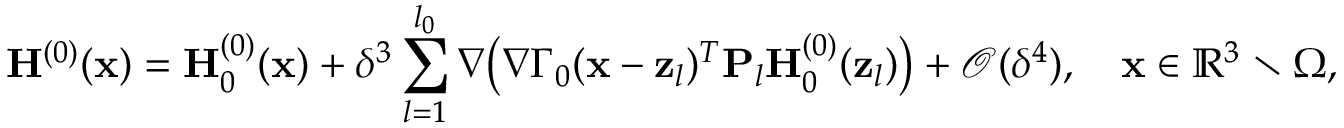
\mathbf { H } ^ { ( 0 ) } ( \mathbf { x } ) = \mathbf { H } _ { 0 } ^ { ( 0 ) } ( \mathbf { x } ) + \delta ^ { 3 } \sum _ { l = 1 } ^ { l _ { 0 } } \nabla \big ( \nabla \Gamma _ { 0 } ( \mathbf { x } - \mathbf { z } _ { l } ) ^ { T } \mathbf { P } _ { l } \mathbf { H } _ { 0 } ^ { ( 0 ) } ( \mathbf { z } _ { l } ) \big ) + \mathcal { O } ( \delta ^ { 4 } ) , \quad \mathbf { x } \in \mathbb { R } ^ { 3 } \setminus \Omega ,